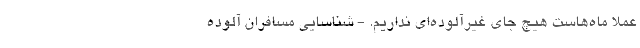
عملا ماه‌هاست هیچ جای غیرآلوده‌ای نداریم. - شناسایی مسافران آلوده